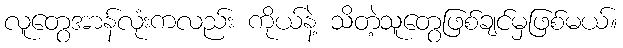
လူတွေအာန်လုံးကလည်း ကိုယ်နဲ့ သိတဲ့သူတွေဖြစ်ချင်မှဖြစ်မယ်။